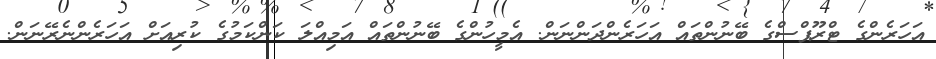
އަހަރެންގެ ޓްރޫޕްސްގެ ބޭނުންތައް އަހަރެންދަންނަން. އެމީހުންގެ ބޭނުންތައް އަމިއްލަ ކަންކަމުގެ ކުރިއަށް އަހަރެންނެރޭނަން.